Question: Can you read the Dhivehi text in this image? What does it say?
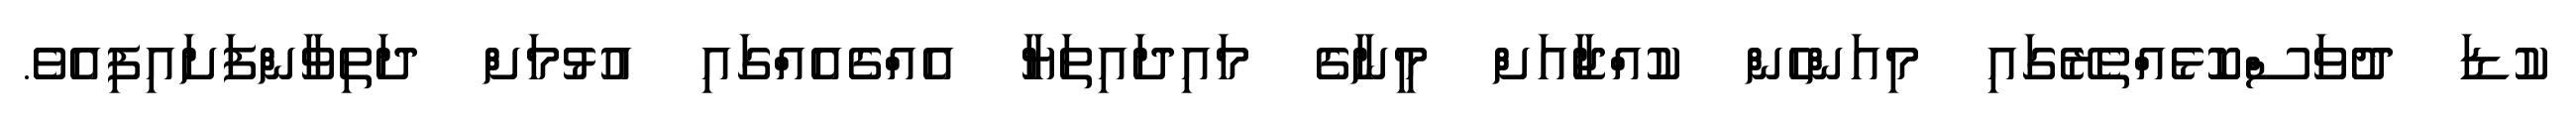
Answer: ކުޑަ ދުވަސްކޮޅެއްތެރޭގައި މިއަންހެން ކުއްޖާއަށް މީނާގެ މައިދައިތަޔާ އެއްގެއެއްގައި އުޅުމަށް ދަތިވާންފަށައިފިއެވެ.